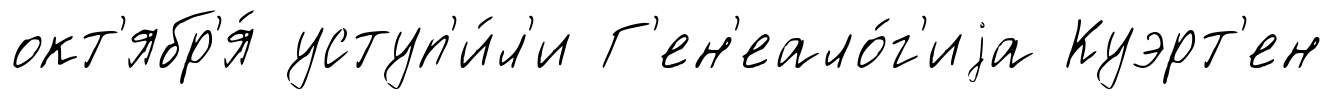
окт'ябр'я́ уступ'и́л'и Г'ен'еало́г'иjа Куэрт'ен